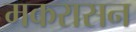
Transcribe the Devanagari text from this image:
मकरासन